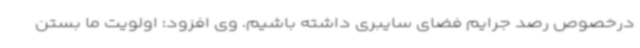
درخصوص رصد جرایم فضای سایبری داشته باشیم. وی افزود: اولویت ما بستن